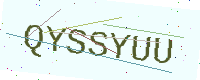
Text: QYSSYUU